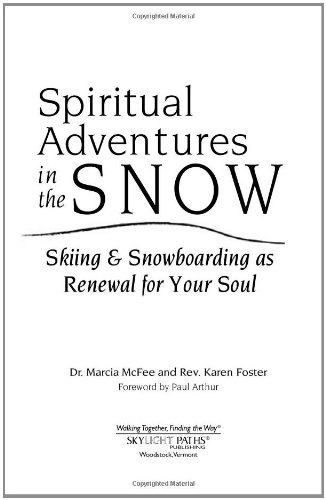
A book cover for Spiritual Adventures in the Snow: Skiing & Snowboarding as Renewal for Your Soul (Art of Spiritual Living); Marcia McFee; Sports & Outdoors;